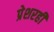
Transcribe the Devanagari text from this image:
प्रेशरही